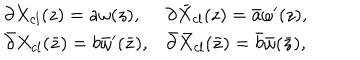
LaTeX: \begin{array} { l l } { { \partial X _ { c l } ( z ) = a \omega ( z ) , } } & { { \partial \bar { X } _ { c l } ( z ) = \bar { a } \omega ^ { \prime } ( z ) , } } \\ { { \bar { \partial } X _ { c l } ( \bar { z } ) = b \bar { \omega } ^ { \prime } ( \bar { z } ) , } } & { { \bar { \partial } \bar { X } _ { c l } ( \bar { z } ) = \bar { b } \bar { \omega } ( \bar { z } ) , } } \\ \end{array}